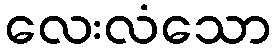
လေးလံသော